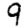
Digit: 9